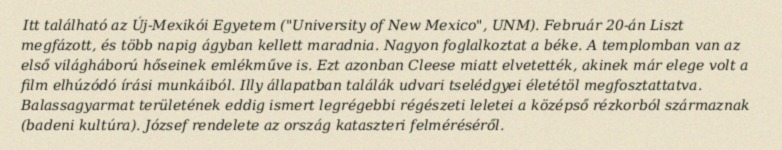
Itt található az Új-Mexikói Egyetem ("University of New Mexico", UNM). Február 20-án Liszt megfázott, és több napig ágyban kellett maradnia. Nagyon foglalkoztat a béke. A templomban van az első világháború hőseinek emlékműve is. Ezt azonban Cleese miatt elvetették, akinek már elege volt a film elhúzódó írási munkáiból. Illy állapatban találák udvari tselédgyei életétöl megfosztattatva. Balassagyarmat területének eddig ismert legrégebbi régészeti leletei a középső rézkorból származnak (badeni kultúra). József rendelete az ország kataszteri felméréséről.